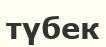
түбек